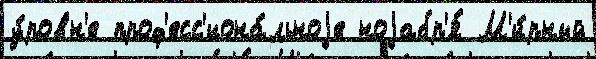
у́ровн'е проф'есс'иона́льноjе ноjабр'я́ М'и́рный